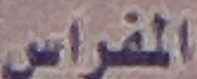
المفراس